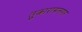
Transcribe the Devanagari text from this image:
तुकारामनगर